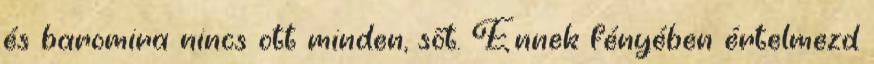
és baromira nincs ott minden, sőt. Ennek fényében értelmezd